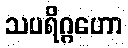
သပရိဂ္ဂဟော